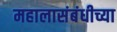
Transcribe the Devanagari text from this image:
महालासंबंधीच्या